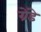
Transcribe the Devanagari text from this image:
ग्रेंडे